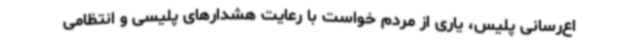
اع‌رسانی پلیس، یاری از مردم خواست با رعایت هشدارهای پلیسی و انتظامی